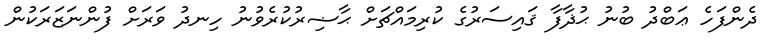
ދެންފަހެ ޢަބްދު ބުނު ޙުޛާފާ ޤައިސަރުގެ ކުރިމައްޗަށް ޙާޟިރުކުރެވުނު ހިނދު ވަރަށް ފުންނަޒަރަކުން